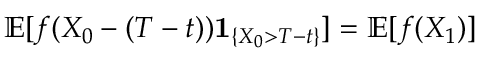
\mathbb { E } [ f ( X _ { 0 } - ( T - t ) ) \mathbf { 1 } _ { \left\{ X _ { 0 } > T - t \right\} } ] = \mathbb { E } [ f ( X _ { 1 } ) ]